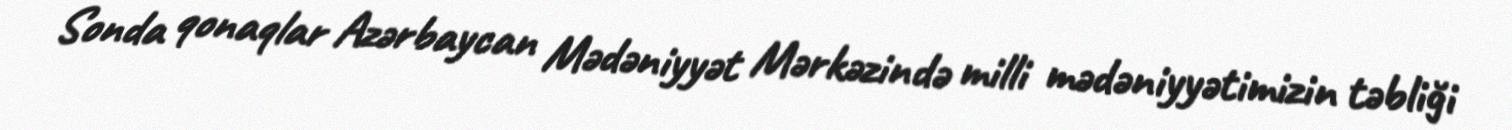
Sonda qonaqlar Azərbaycan Mədəniyyət Mərkəzində milli mədəniyyətimizin təbliği